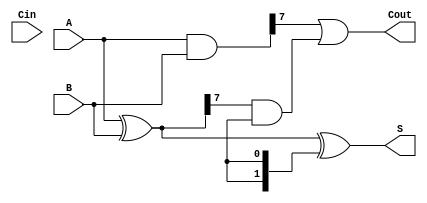
module KoggeStoneAdder #(parameter N = 8) (
    input  [N-1:0] A,      // First operand
    input  [N-1:0] B,      // Second operand
    input          Cin,     // Carry-in
    output [N-1:0] S,      // Sum output
    output         Cout     // Carry-out
);

    // Generate and Propagate signals
    wire [N-1:0] G; // Generate
    wire [N-1:0] P; // Propagate
    wire [N:0] C;    // Carry

    // Level 0: Compute G and P
    assign G = A & B;             // Generate
    assign P = A ^ B;             // Propagate

    // Level 1: Compute carries
    genvar i;
    generate
        for (i = 1; i < N; i = i * 2) begin : level1
            assign C[i] = G[i-1] | (P[i-1] & C[i-1]);
        end
    endgenerate

    // Level 2: Compute carries
    generate
        for (i = 2; i < N; i = i * 2) begin : level2
            assign C[i] = G[i-1] | (P[i-1] & C[i-1]);
        end
    endgenerate

    // Continue this process up to log2(N) levels
    // Note: This is a simplified example, and you may need to expand the levels
    // depending on the value of N. For larger N, you can create additional levels.

    // Final carry-out
    assign Cout = G[N-1] | (P[N-1] & C[N-1]);

    // Final sum calculation
    assign S = P ^ {C[N-1], C[N-1:N-1]}; // Adjust for carry-in

endmodule